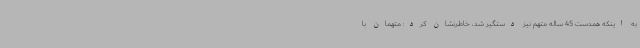
به اینکه همدست 45 ساله متهم نیز دستگیر شد، خاطرنشان کرد: متهمان با